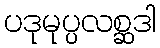
ပဒုမုပ္ပလစ္ဆဒါ